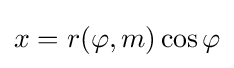
x=r(\varphi ,m)\cos \varphi